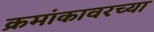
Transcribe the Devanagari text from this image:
क्रमांकावरच्या